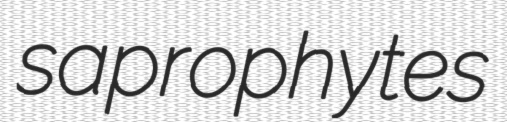
saprophytes